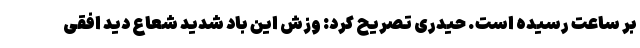
بر ساعت رسیده است. حیدری تصریح کرد: وزش این باد شدید شعاع دید افقی